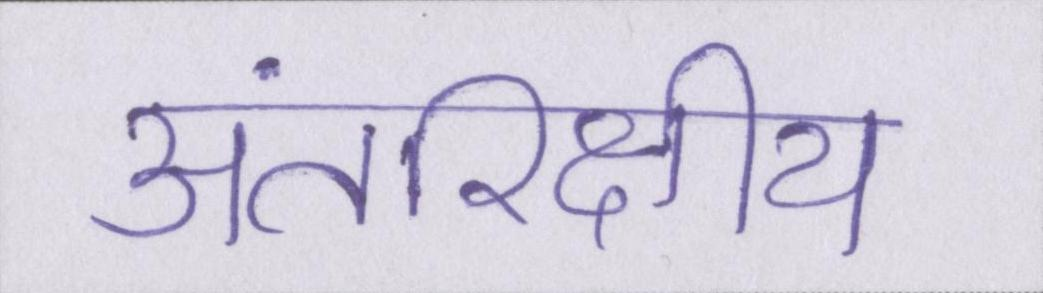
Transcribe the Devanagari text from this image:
अंतरिक्षीय